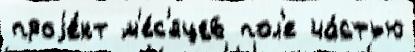
проjе́кт м'е́с'яцев пол'е ча́стью